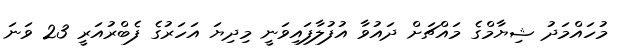
މުހައްމަދު ޝިޔާމްގެ މައްޗަށް ދައުވާ އުފުލާފައިވަނީ މިދިޔަ އަަހަރުގެ ފެބްރުއަރީ 23 ވަނަ